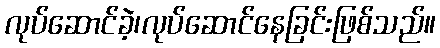
လုပ်ဆောင်ခဲ့၊လုပ်ဆောင်နေခြင်းဖြစ်သည်။